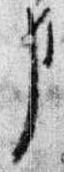
事